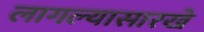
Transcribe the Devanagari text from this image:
लागल्यासारखे